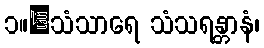
၁။	သံသာရေ သံသရန္တာနံ၊